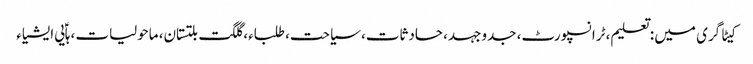
کیٹاگری میں : تعلیم، ٹرانسپورٹ، جدوجہد، حادثات، سیاحت، طلباء، گلگت بلتستان، ماحولیات، ہاؑیی ایشیاء